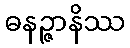
ဓနဉ္ဇာနိဿ